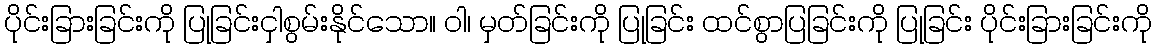
ပိုင်းခြားခြင်းကို ပြုခြင်းငှါစွမ်းနိုင်သော။ ဝါ၊ မှတ်ခြင်းကို ပြုခြင်း ထင်စွာပြခြင်းကို ပြုခြင်း ပိုင်းခြားခြင်းကို